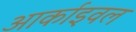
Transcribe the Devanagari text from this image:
आर्काइवल